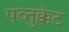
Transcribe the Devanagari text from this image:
पव्तुक्केट